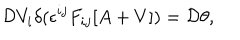
{ \cal D } V _ { i } \delta ( \epsilon ^ { i j } F _ { i j } [ A + V ] ) = { \cal D } \theta ,